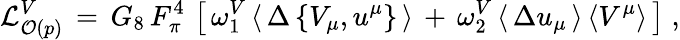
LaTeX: {\cal L}_{{\cal O}(p)}^{V}\, =\, G_{8}\, F_{\pi}^{4}\, \left[\, \omega_{1}^{V}\, \langle\, \Delta\, \{ V_{\mu},u^{\mu}\} \, \rangle\, +\, \omega_{2}^{V}\, \langle\, \Delta u_{\mu}\, \rangle\, \langle V^{\mu}\rangle\, \right]\; ,